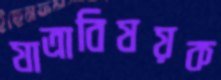
যাত্রাবিষয়ক